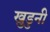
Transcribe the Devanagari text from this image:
खुडुनी